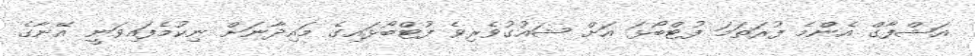
އަޝްފާގް އެންމެ ފުރަތަމަ ފުޓްބޯޅަ އަށް ޝައުގުވެރިވެ ފުޓްބޯޅައިގެ މައިދާނަށް ނިކުމެފައިވަނީ އޭނާގެ